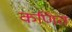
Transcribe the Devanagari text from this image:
कणित